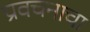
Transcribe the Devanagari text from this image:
प्रवचनाचा